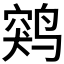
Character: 𱊖